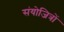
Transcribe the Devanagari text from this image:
संयोजित्रों